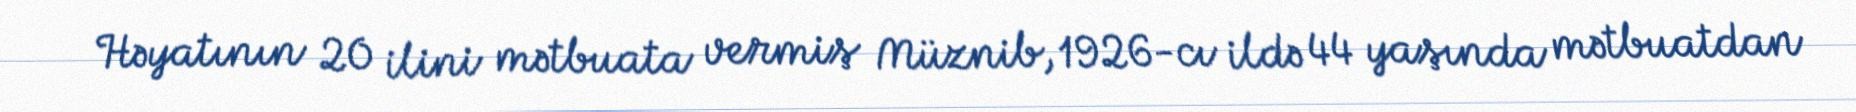
Həyatının 20 ilini mətbuata vermiş Müznib, 1926-cı ildə 44 yaşında mətbuatdan